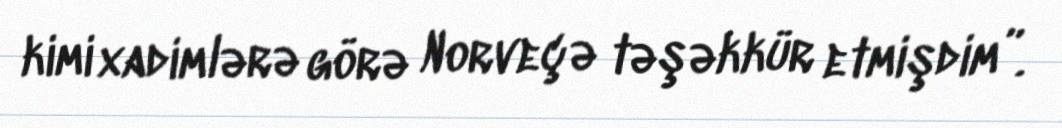
kimi xadimlərə görə Norveçə təşəkkür etmişdim”.